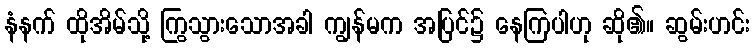
နံနက် ထိုအိမ်သို့ ကြွသွားသောအခါ ကျွန်မက အပြင်၌ နေကြပါဟု ဆို၏။ ဆွမ်းဟင်း